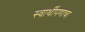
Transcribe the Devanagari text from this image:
स्वार्थीपणाचा